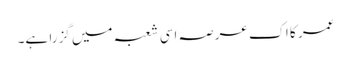
عمر کا اک عرصہ اسی شعبہ میں گزرا ہے۔